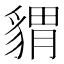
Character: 𧳪